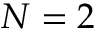
N = 2